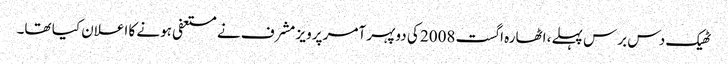
ٹھیک دس برس پہلے، اٹھارہ اگست 2008 کی دوپہر آمر پرویز مشرف نے مستعفی ہونے کا اعلان کیا تھا۔